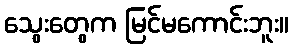
သွေးတွေက မြင်မကောင်းဘူး။